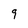
Character: 9